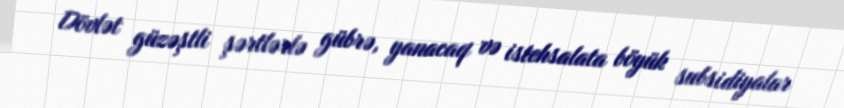
Dövlət güzəştli şərtlərlə gübrə, yanacaq və istehsalata böyük subsidiyalar